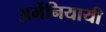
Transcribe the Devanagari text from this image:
अर्मेनियायी